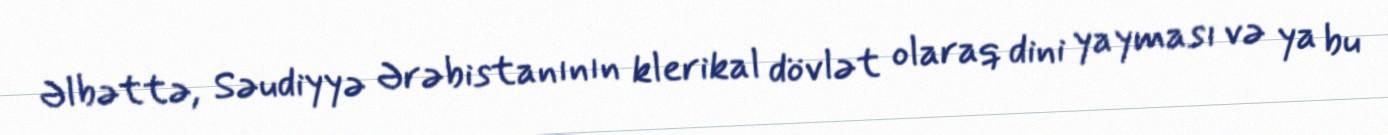
Əlbəttə, Səudiyyə Ərəbistanının klerikal dövlət olaraq dini yayması və ya bu